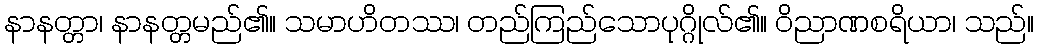
နာနတ္တာ၊ နာနတ္တမည်၏။ သမာဟိတဿ၊ တည်ကြည်သောပုဂ္ဂိုလ်၏။ ဝိညာဏစရိယာ၊ သည်။